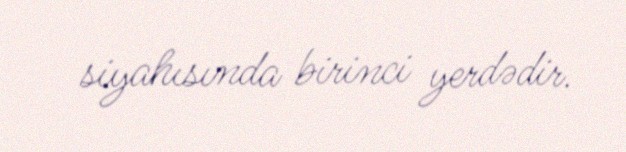
siyahısında birinci yerdədir.